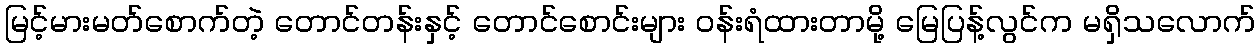
မြင့်မားမတ်စောက်တဲ့ တောင်တန်းနှင့် တောင်စောင်းများ ဝန်းရံထားတာမို့ မြေပြန့်လွင်က မရှိသလောက်